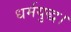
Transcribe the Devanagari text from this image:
धर्मयुद्ध।